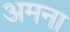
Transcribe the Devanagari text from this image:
अमना